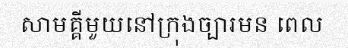
សាមគ្គីមួយនៅក្រុងច្បារមន ពេល